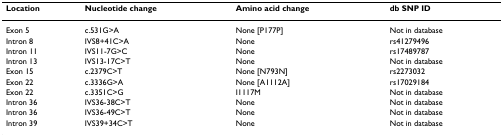
<table><thead><tr><td><b>Location</b></td><td><b>Nucleotide change</b></td><td><b>Amino acid change</b></td><td><b>db SNP ID</b></td></tr></thead><tbody><tr><td>Exon 5</td><td>c.531G&gt;A</td><td>None [P177P]</td><td>Not in database</td></tr><tr><td>Intron 8</td><td>IVS8+41C&gt;A</td><td>None</td><td>rs41279496</td></tr><tr><td>Intron 11</td><td>IVS11-7G&gt;C</td><td>None</td><td>rs17489787</td></tr><tr><td>Intron 13</td><td>IVS13-17C&gt;T</td><td>None</td><td>Not in database</td></tr><tr><td>Exon 15</td><td>c.2379C&gt;T</td><td>None [N793N]</td><td>rs2273032</td></tr><tr><td>Exon 22</td><td>c.3336G&gt;A</td><td>None [A1112A]</td><td>rs17029184</td></tr><tr><td>Exon 22</td><td>c.3351C&gt;G</td><td>I1117M</td><td>Not in database</td></tr><tr><td>Intron 36</td><td>IVS36-38C&gt;T</td><td>None</td><td>Not in database</td></tr><tr><td>Intron 36</td><td>IVS36-49C&gt;T</td><td>None</td><td>Not in database</td></tr><tr><td>Intron 39</td><td>IVS39+34C&gt;T</td><td>None</td><td>Not in database</td></tr></tbody></table>